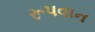
રૂપવાન